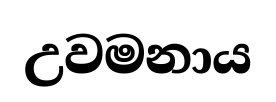
උවමනාය